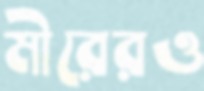
মীরেরও